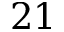
2 1